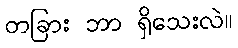
တခြား ဘာ ရှိသေးလဲ။